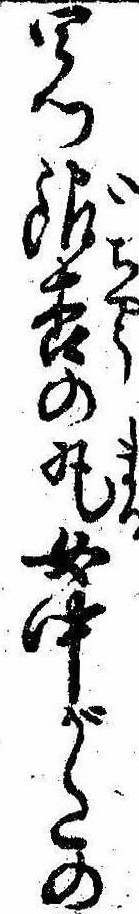
四ッ銀杏の丸女中がたの